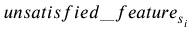
u n s a t i s f i e d \_ f e a t u r e _ { s _ { i } }